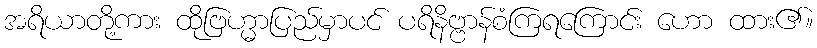
အရိယာတို့ကား ထိုဗြဟ္မာပြည်မှာပင် ပရိနိဗ္ဗာန်စံကြရကြောင်း ဟော ထား၏။